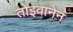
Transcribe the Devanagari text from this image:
तोइवानेन